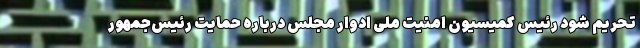
تحریم شود رئیس کمیسیون امنیت ملی ادوار مجلس درباره حمایت رئیس‌جمهور